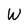
Character: W